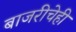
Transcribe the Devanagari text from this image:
बाजरीचेही